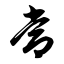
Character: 常